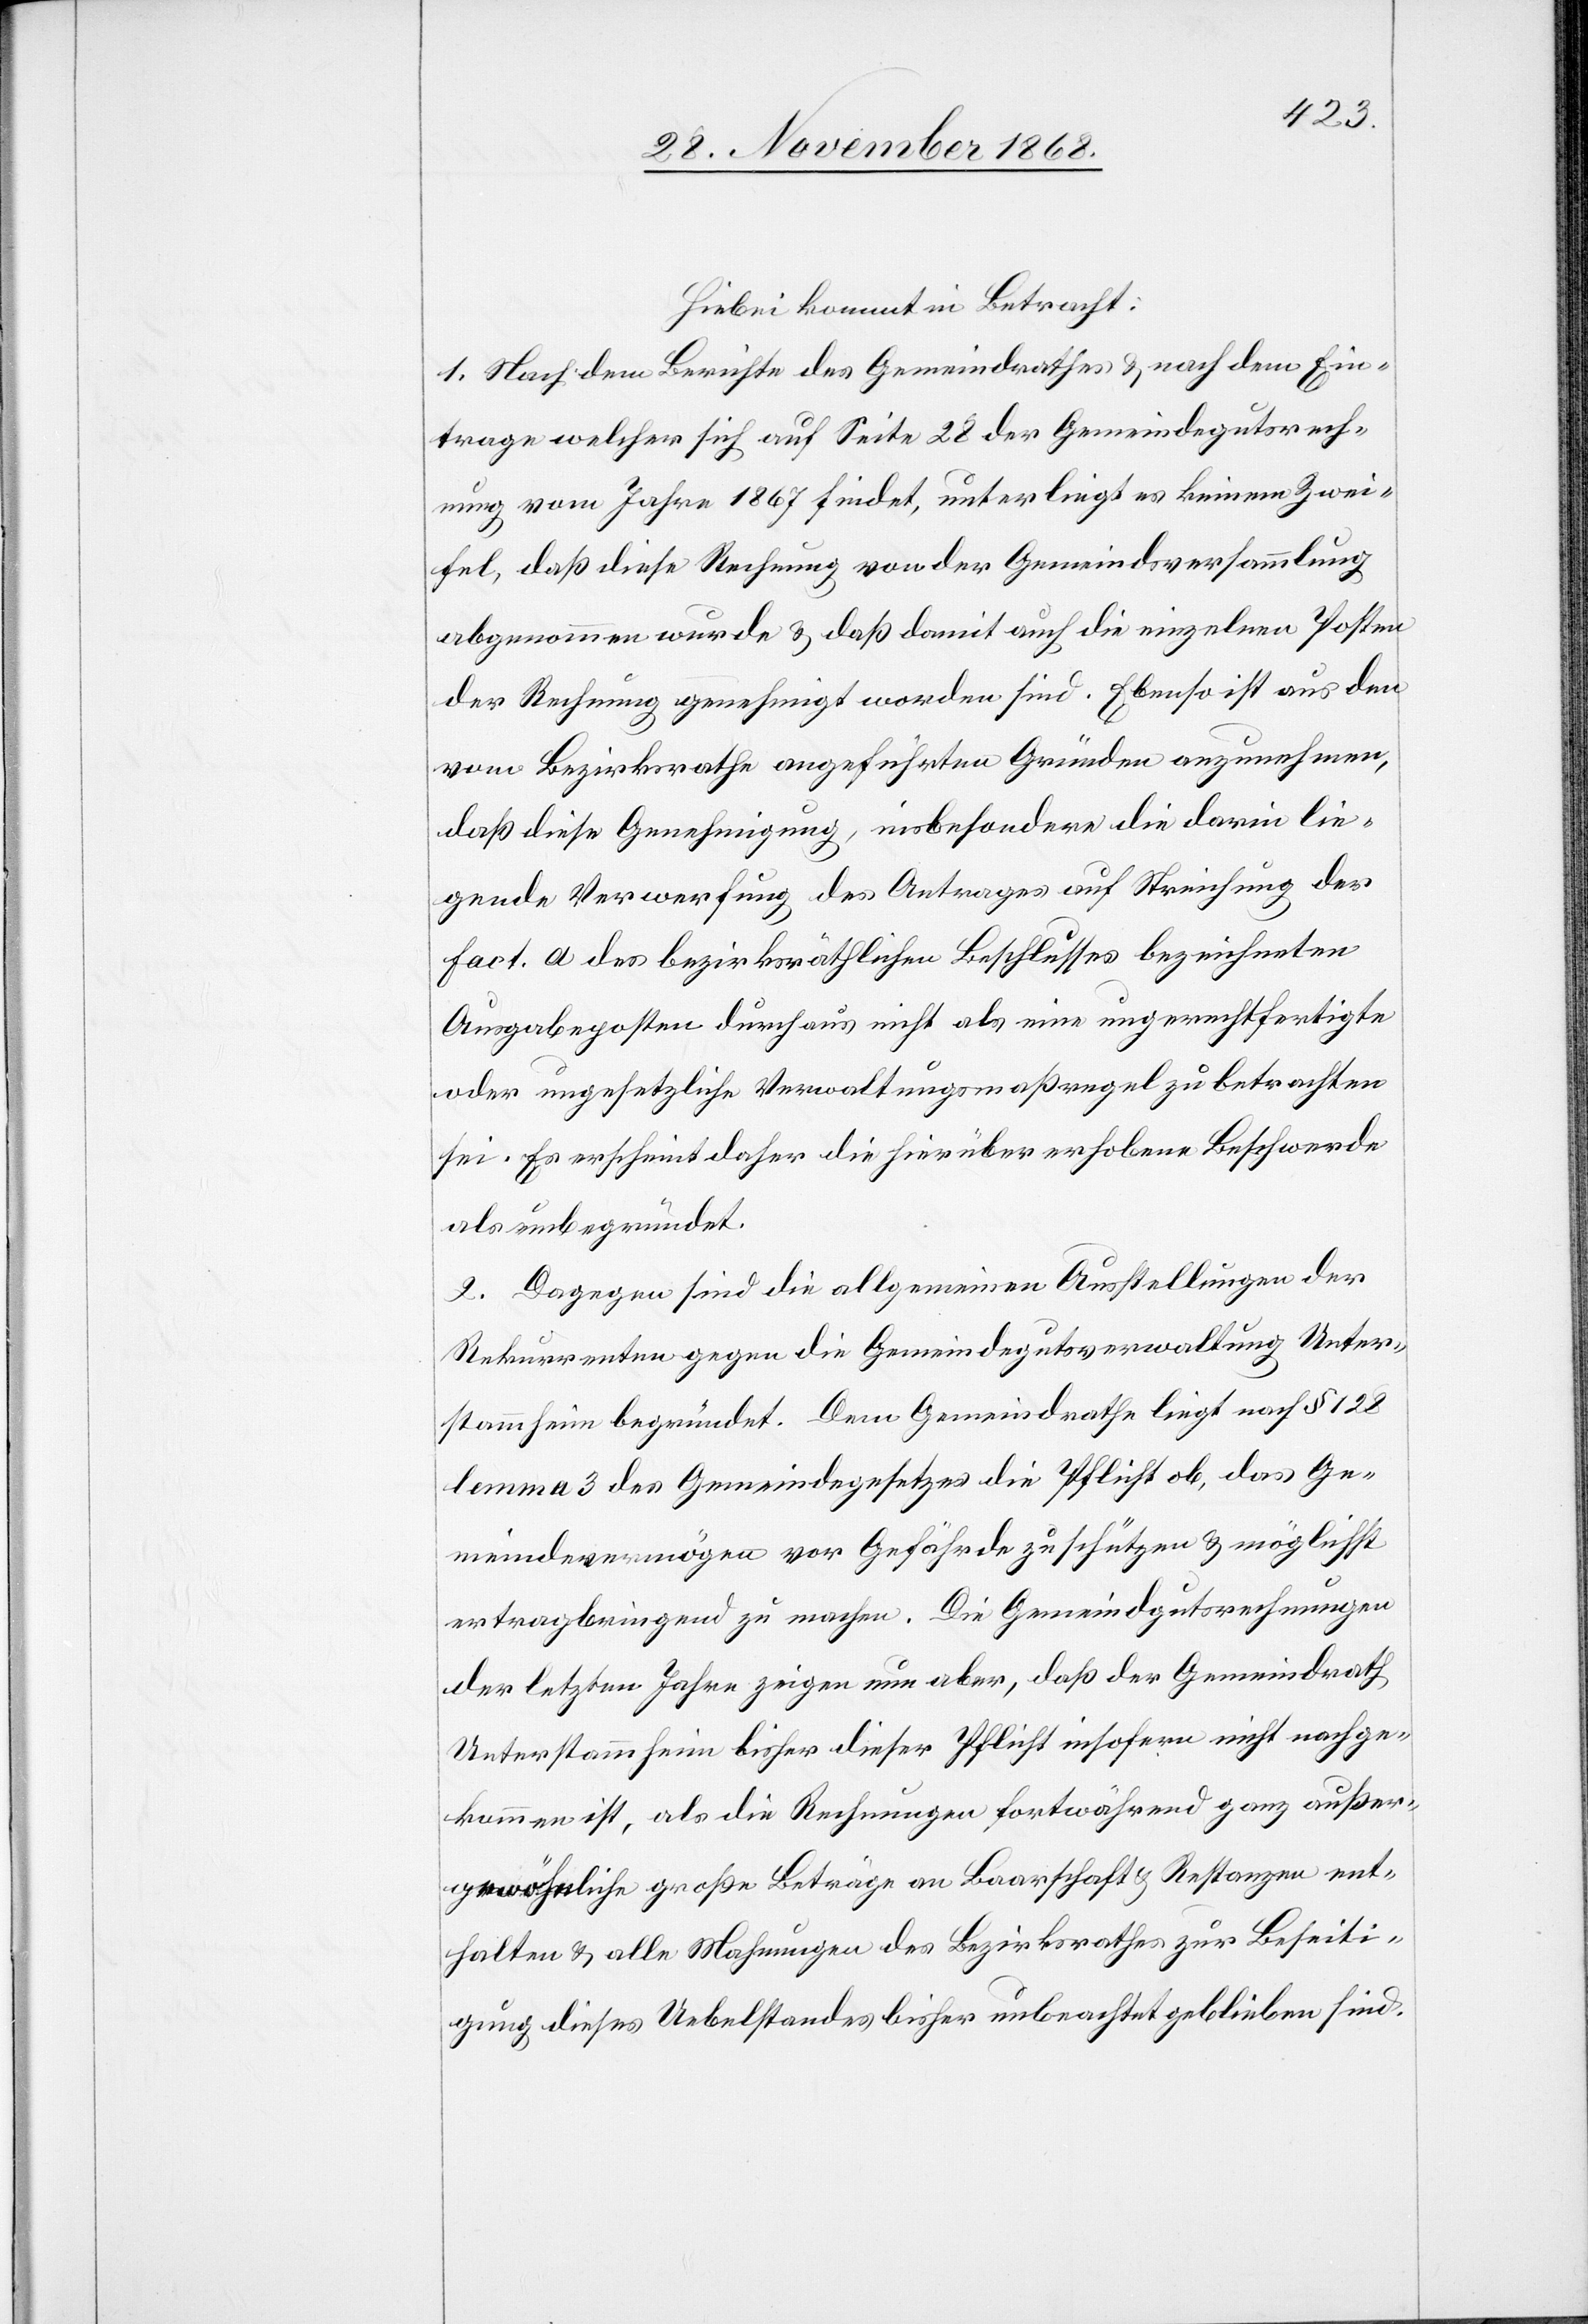
Hiebei kommt in Betracht:
1. Nach dem Berichte des Gemeindrathes & nach dem Ein¬
trage welcher sich auf Seite 28 der Gemeindegutsrech¬
nung vom Jahre 1867 findet, unterliegt es keinem Zwei¬
fel, daß diese Rechnung von der Gemeindsversammlung
abgenommen wurde & daß damit auch die einzelnen Posten
der Rechnung genehmigt worden sind. Ebenso ist aus den
vom Bezirksrathe angeführten Gründen anzunehmen,
daß diese Genehmigung, insbesondere die darin lie¬
gende Verwerfung des Antrages auf Streichung der
Fact. a des bezirksräthlichen Beschlusses bezeichneten
Ausgabeposten durchaus nicht als eine ungerechtfertigte
oder ungesetzliche Verwaltungsmaßregel zu betrachten
sei. Es erscheint daher die hierüber erhobene Beschwerde
als unbegründet.
2. Dagegen sind die allgemeinen Ausstellungen der
Rekurrenten gegen die Gemeindegutsverwaltung Unter¬
stammheim begründet. Dem Gemeindrathe liegt nach § 128
lemma 3 des Gemeindegesetzes die Pflicht ob, das Ge¬
meindevermögen vor Gefährde zu schützen & möglichst
ertragbringend zu machen. Die Gemeindgutsrechnungen
der letzten Jahre zeigen nun aber, daß der Gemeindrath
Unterstammheim bisher dieser Pflicht insofern nicht nachge¬
kommen ist, als die Rechnungen fortwährend ganz außer¬
gewöhnliche große Beträge an Baarschaft & Restanzen ent¬
halten & alle Mahnungen des Bezirksrathes zur Beseiti¬
gung dieses Uebelstandes bisher unbeachtet geblieben sind.